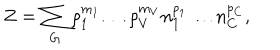
LaTeX: Z = \sum _ { G } \rho _ { 1 } ^ { m _ { 1 } } \ldots \rho _ { V } ^ { m _ { V } } n _ { 1 } ^ { p _ { 1 } } \ldots n _ { C } ^ { p _ { C } } ,